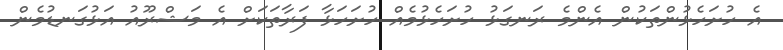
އެ ހުށަހެޅުންތަކުން އެންމެ ރަނގަޅު ހުށަހެޅުމެއް ހުށަހަޅާ ފަރާތަކަށް އެ މަޝްރޫއު އަޅުގަނޑުމެން